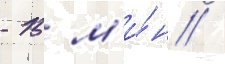
- 15 м'и́н /